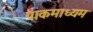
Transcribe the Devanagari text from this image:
पाकमाध्यम